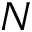
N